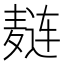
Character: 𲎑